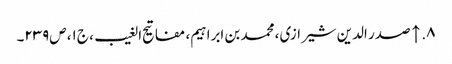
۸. ↑ صدر الدین شیرازی، محمد بن ابراہیم‌، مفاتیح الغیب، ج‌۱، ص‌۲۳۹۔